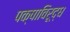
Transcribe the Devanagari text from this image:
पक्षाविरूद्ध